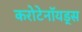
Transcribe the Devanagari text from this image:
करोटेनॉयड्स